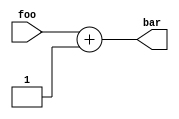
// See LICENSE for license details.
module AdderExtModule(
  input [15:0] foo,
  output [15:0] bar
);
  assign bar = foo + 1;
endmodule